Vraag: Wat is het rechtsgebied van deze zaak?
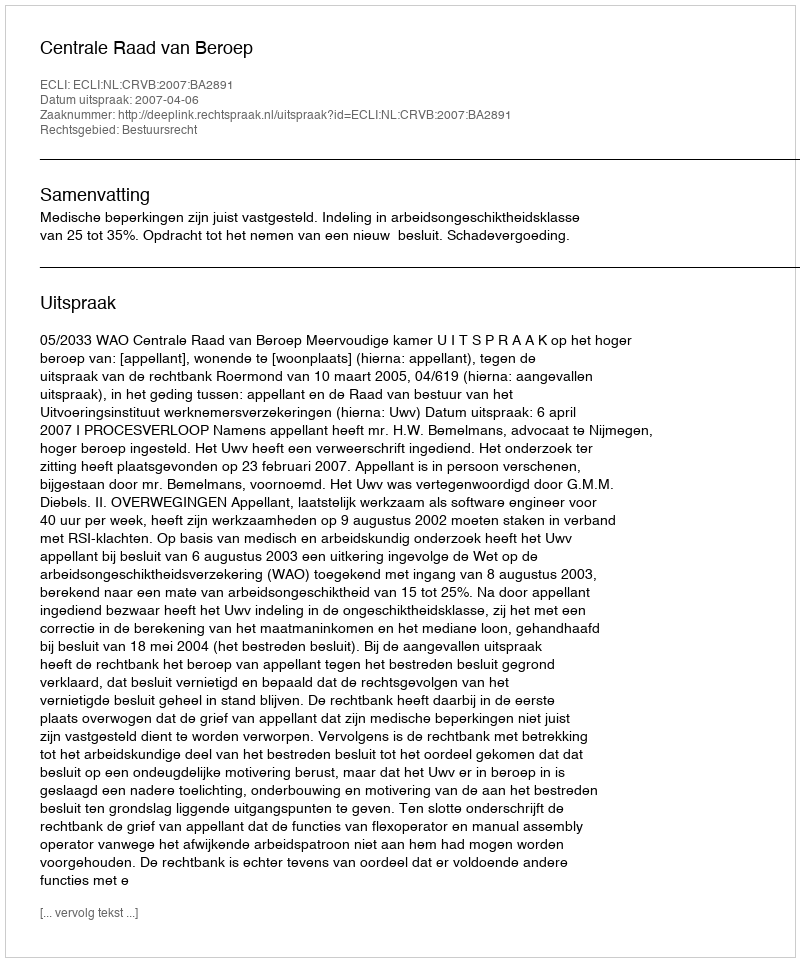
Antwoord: Bestuursrecht